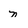
Character: n